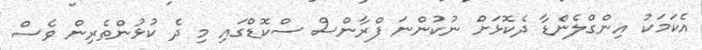
އެކަމަކު އިންގްލެންޑާ ދެކޮޅަށް ނުކުންނަ ފްރާންސް ސްކޮޑްގައި މި ދެ ކުޅުންތެރިން ވެސް